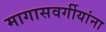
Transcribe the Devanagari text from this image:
मागासवर्गीयांना